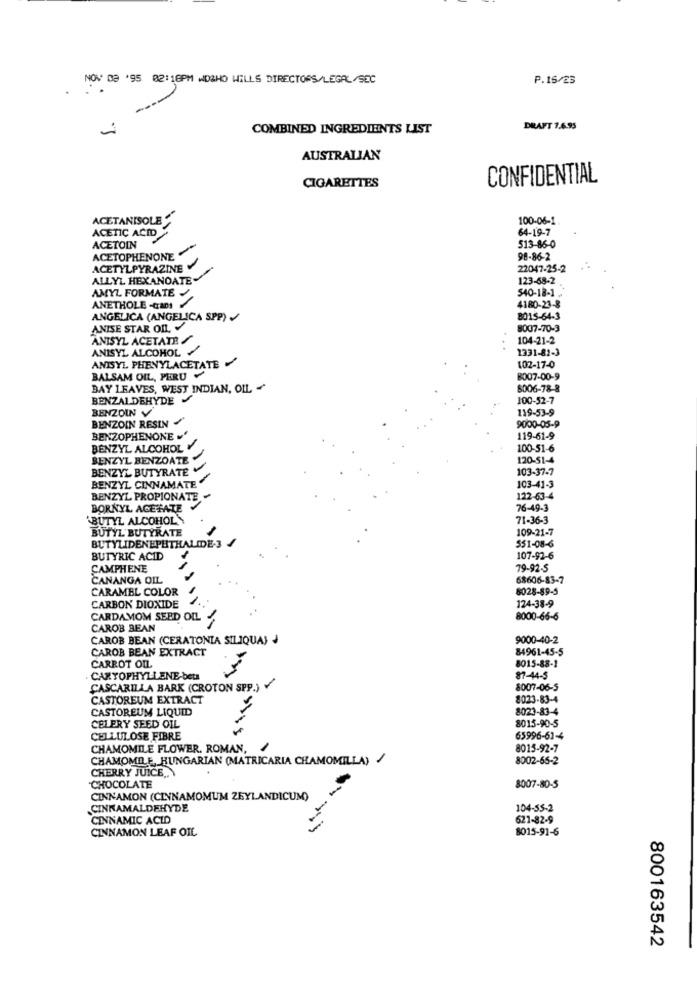
NOV 09 '95 02:18PM WDWHO WILLS DIRECTORS/LEGAL/SEC
P.16/23
COMBINED INGREDIENTS LIST
DRAFT 7.6.95
AUSTRALIAN
CONFIDENTIAL
CIGARETTES
ACETANISOLE"
100-06-1
ACETIC ACID
64-19-7
513-86-0
ACETOIN
ACETOPHENONE
98-86-2
ACETYLPYRAZINE V
22047-25-2
ALLYL HEXANOATE
123-58-2
AMYL FORMATE .
$40-18-1
ANETHOLE -Crans
4180-23-8
ANGELICA (ANGELICA SPP)
8015-64-3
ANISE STAR OD V
8007-70-3
ANISYL ACETATE /
104-21-2
ANISYL ALCOHOL
1331-82-3
ANISYL PHENYLACETATE
102-17-0
BALSAM OIL, PERU
8007-00-9
BAY LEAVES, WEST INDIAN, OIL -
8006-78-8
BENZALDEHYDE
100-52-7
BENZOIN V
119-53-9
BENZOIN RESIN
9000-05-9
BENZOPHENONE .
119-61-9
BENZYL ALCOHOL Y
100-51-6
BENZYL BENZOATE
120-51-4
BENZYL BUTYRATE
103-37-7
103-41-3
BENZYL CINNAMATE
BENZYL PROPIONATE
122-63-4
BORNYL ACETATE
76-49-3
BUTYL ALCOHOL
71-36-3
BUTYL BUTYRATE
109-21-7
$51-08-6
BUTYLIDENEPHTHALIDE-3
BUTYRIC ACID
107-92-6
CAMPHENE
79-92-5
CANANGA OIL
68606-83-7
CARAMEL COLOR
8028-89-5
124-38-9
CARBON DIOXIDE
CARDAMOM SEED OIL
8000-66-6
CAROB BEAN
CAROB BEAN (CERATONIA SILIQUA) )
9000-40-2
CAROB BEAN EXTRACT
84961-45-5
8015-88-1
CARROT OIL
CARYOPHYLLENE-beta
87-44-5
CASCARILLA BARK (CROTON SPP.)
8007-06-5
CASTOREUM EXTRACT
8023-83-4
CASTOREUM LIQUID
8023-83-4
8015-90-5
CELERY SEED OIL
CELLULOSE FIBRE
65996-61-4
CHAMOMILE FLOWER. ROMAN,
8015-92-7
CHAMOMILE, HUNGARIAN (MATRICARIA CHAMOMILLA) /
8002-65-2
CHERRY JUICE ...
---
CHOCOLATE
8007-80-5
CINNAMON (CINNAMOMUM ZEYLANDICUM)
CINNAMALDEHYDE
104-55-2
CINNAMIC ACID
621-82-9
8015-91-6
CINNAMON LEAF OIL
800163542